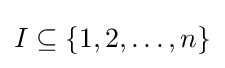
I\subseteq \{1,2,\dots ,n\}